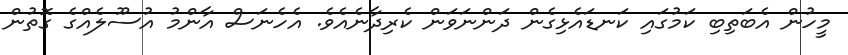
މީހުން އެބަތިބި ކަމުގައި ކަނޑައެޅިގެން ދަންނަވަން ކެރިދާނެއެވެ. އެހެނަސް އާންމު އުސޫލެއްގެ ގޮތުން